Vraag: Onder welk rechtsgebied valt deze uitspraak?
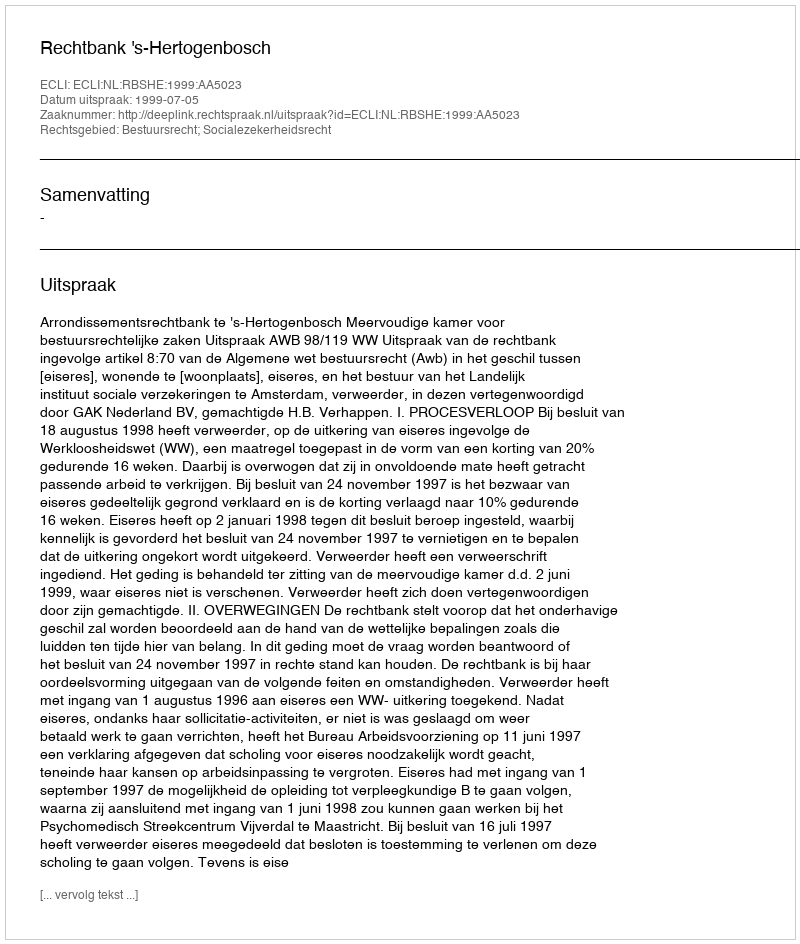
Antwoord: Bestuursrecht; Socialezekerheidsrecht